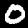
Label: 0